Lunatic asylums Madras 1877-1891 - 1877-1891
Year: 1877
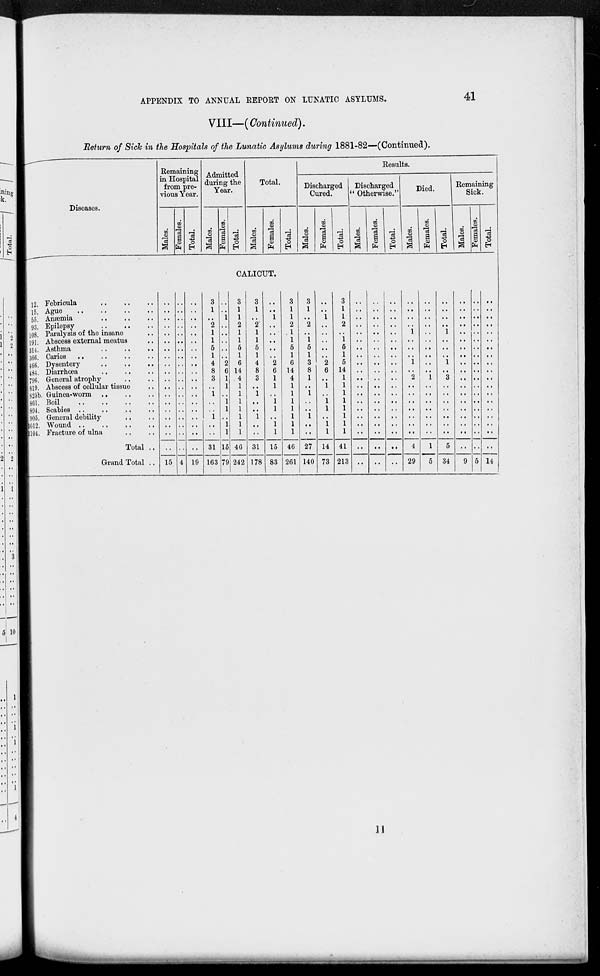
APPENDIX TO ANNUAL REPORT ON LUNATIC
ASYLUMS.
41
VIII—(Continued).
Return of Sick in the Hospitals of the Lunatic Asylums during 1881-82—(Continued).
Diseases.
12. Febricula
..
..
..
15 Ague
..
..
..
..
55. Anæmia
..
..
..
93. Epilepsy
..
..
..
108. Paralysis of the insane ..
191. Abscess external meatus ..
314. Asthma
..
..
..
366. Caries
..
..
..
..
466. Dysentery
..
..
..
484. Diarrhœa .. .. ..
796. General atrophy .. ..
819. Abscess of cellular tissue ..
825b. Guinea-worm .. .. ..
861. Boil
..
..
..
..
894. Scabies .. .. .. ..
905. General debility .. ..
1012. Wound ..
..
..
..
1104. Fracture of ulna .. ..
Total ..
Grand Total ..
Remaining
in Hospital
from pre-
vious Year.
Males.
..
..
..
..
..
..
..
..
..
..
..
..
..
..
..
..
..
..
..
15
Females.
..
..
..
..
..
..
..
..
..
..
..
..
..
..
..
..
..
..
..
4
Total.
..
..
..
..
..
..
..
..
..
..
..
..
..
..
..
..
..
..
..
19
Admitted
during the
Year.
Males.
3
1
..
2
1
1
5
1
4
8
3
..
1
..
..
1
..
..
31
163
Females.
..
..
1
..
..
..
..
..
2
6
1
1
..
1
1
..
1
1
15
79
Total.
Total.
Males.
Females.
CALICUT.
3
1
1
2
1
1
5
1
6
14
4
1
1
1
1
1
1
1
46
242
3
1
..
2
1
1
5
1
4
8
3
..
1
..
..
1
..
..
31
178
..
..
1
..
..
..
..
..
2
6
1
1
..
1
1
..
1
1
15
83
Total.
3
1
1
2
1
1
5
1
6
14
4
1
1
1
1
1
1
1
46
261
Results.
Discharged
Cured.
Males.
3
1
..
2
..
1
5
1
3
8
1
..
1
..
..
1
..
..
27
140
Females.
..
..
1
..
..
..
..
..
2
6
..
1
..
1
1
..
1
1
14
73
Total.
3
1
1
2
..
1
5
1
5
14
1
1
1
1
1
1
1
1
41
213
Discharged
" Otherwise."
Males.
..
..
..
..
..
..
..
..
..
..
..
..
..
..
..
..
..
..
..
..
Females.
..
..
..
..
..
..
..
..
..
..
..
..
..
..
..
..
..
..
..
..
Total.
..
..
..
..
..
..
..
..
..
..
..
..
..
..
..
..
..
..
..
..
Died.
Males.
..
..
..
..
1
..
..
..
1
..
2
..
..
..
..
..
..
..
4
29
Females.
..
..
..
..
..
..
..
..
..
..
1
..
..
..
..
..
..
..
1
5
Total.
..
..
..
..
1
..
..
..
1
..
3
..
..
..
..
..
..
..
5
34
Remaining
Sick.
Males.
..
..
..
..
..
..
..
..
..
..
..
..
..
..
..
..
..
..
..
9
Females.
..
..
..
..
..
..
..
..
..
..
..
..
..
..
..
..
..
..
..
5
Total.
..
..
..
..
..
..
..
..
..
..
..
..
..
..
..
..
..
..
..
14
11